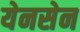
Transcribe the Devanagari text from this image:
येनसेन